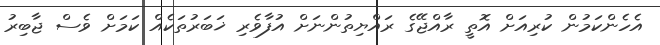
އެހެންކަމުން ކުރިއަށް އޮތީ ރާއްޖޭގެ ރައްޔިތުންނަށް އުފާވެރި ޚަބަރުތަކެއް ކަމަށް ވެސް ޖާބިރު